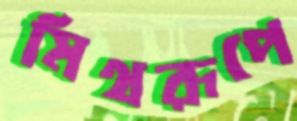
মিথরূপে